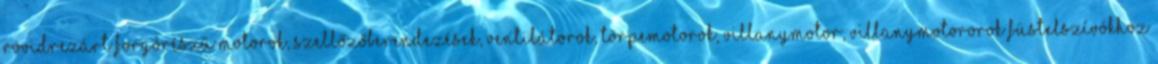
rövidrezárt forgórészű motorok, Szellőzőberendezések, ventilátorok, Törpemotorok, Villanymotor, Villanymotororok füstelszívókhoz